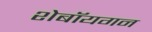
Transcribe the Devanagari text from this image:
शेबॉयगन